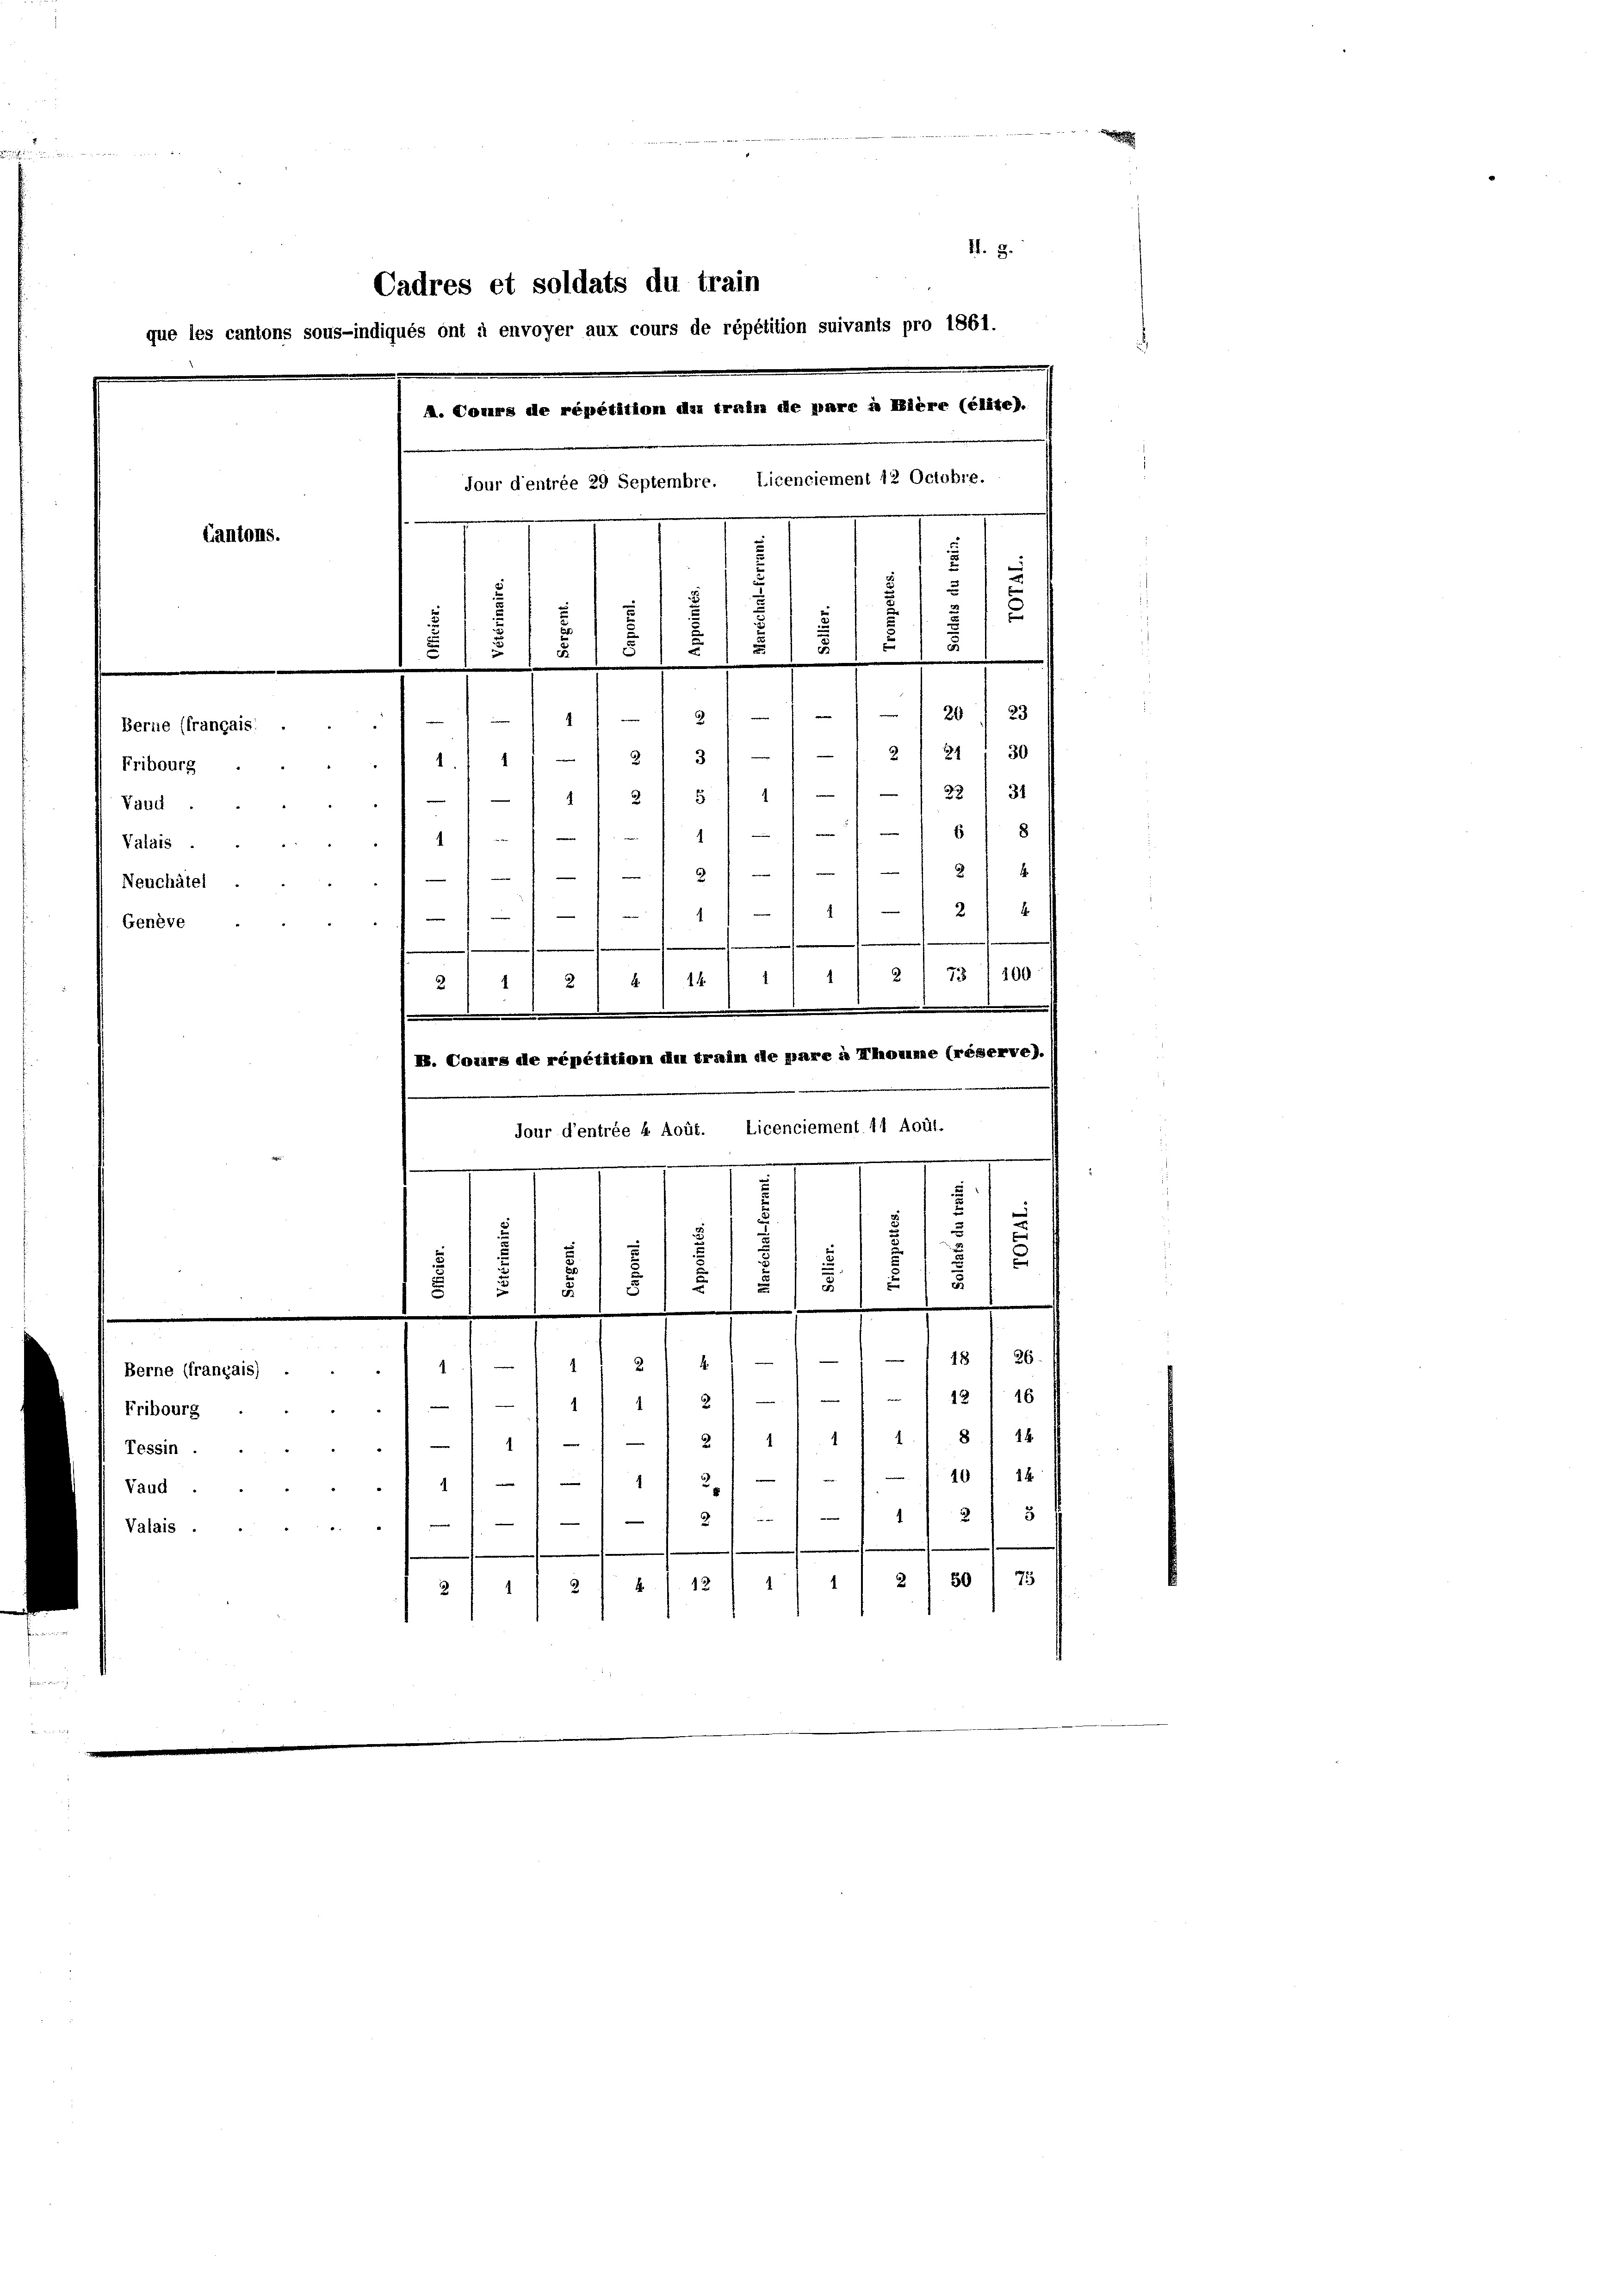
11. 3.
Cadres et soldats du train
que les cantons sous-indiqués ont à envoyer aux cours de répétition suivants pro 1861.
A. Cours de répétition das train de pare à Pière (Elite).
Jour d’entrée 29 Septembre. Licenciement 12 Octobre.
)
Cantons.
5
.
d
u
d
d
d
d
5
3 / 20 f 23
4
1
Berne (français.
21 21 f 30
Fribourg
1. f. 1 f. 278. 122 f 3
4
1 1/2 5
Vaud
18 f 8
Valais.
2
) § 14
1
6
Neuchâtel
24
g
e
Genève
73/100
2
1
.
2
14
.
21
i
e
H. Corars ale répétition in train die pare à Thomme (réserve).
Licenciement 11 Aoüi.
Jour d’entrée 4 Aoüt.

.

Fribourg
Tessin.
Vaud
Valais.

e
e

e
4.
berne (franzais) . . . 111 — 1 1 2
/11 1/2 11 - 118 f 40
n
11 - 1 2/1 11 1. 18 f 18
10 f 14
2
4
25
21
.
50 1 75
2
1
112
1
2
211

.
d
d
u
5
.
5
.

)
.
u
e
e
18 f 26.
n